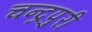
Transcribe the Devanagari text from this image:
चन्द्रपुरी